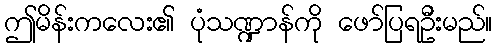
ဤမိန်းကလေး၏ ပုံသဏ္ဍာန်ကို ဖော်ပြရဦးမည်။